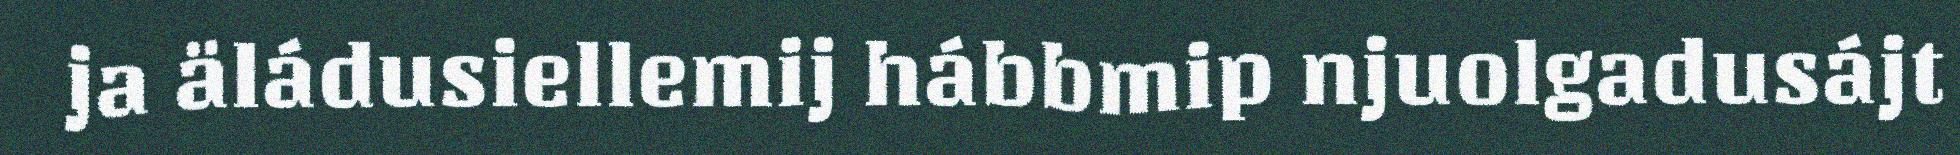
ja äládusiellemij hábbmip njuolgadusájt